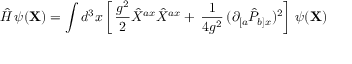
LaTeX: { \hat { \cal H } } \, \psi ( { \bf X } ) = \int d ^ { 3 } x \left[ \, \frac { g ^ { 2 } } { 2 } { \hat { X } } ^ { a x } { \hat { X } } ^ { a x } + \, \frac { 1 } { 4 g ^ { 2 } } \, ( \partial _ { [ a } { \hat { P } } _ { b ] x } ) ^ { 2 } \right] \, \psi ( { \bf X } )